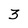
Character: 3